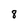
Character: 8